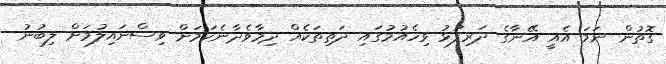
ގޮތުން ނަމަ އެއީ އޭނާގެ ދަރިފުޅު ވިހެއުމުގައި ދަތިތަކެއް ދިމާވެދާނެކަމަށް ވިސްނައިލުމަށް ލިބުނު